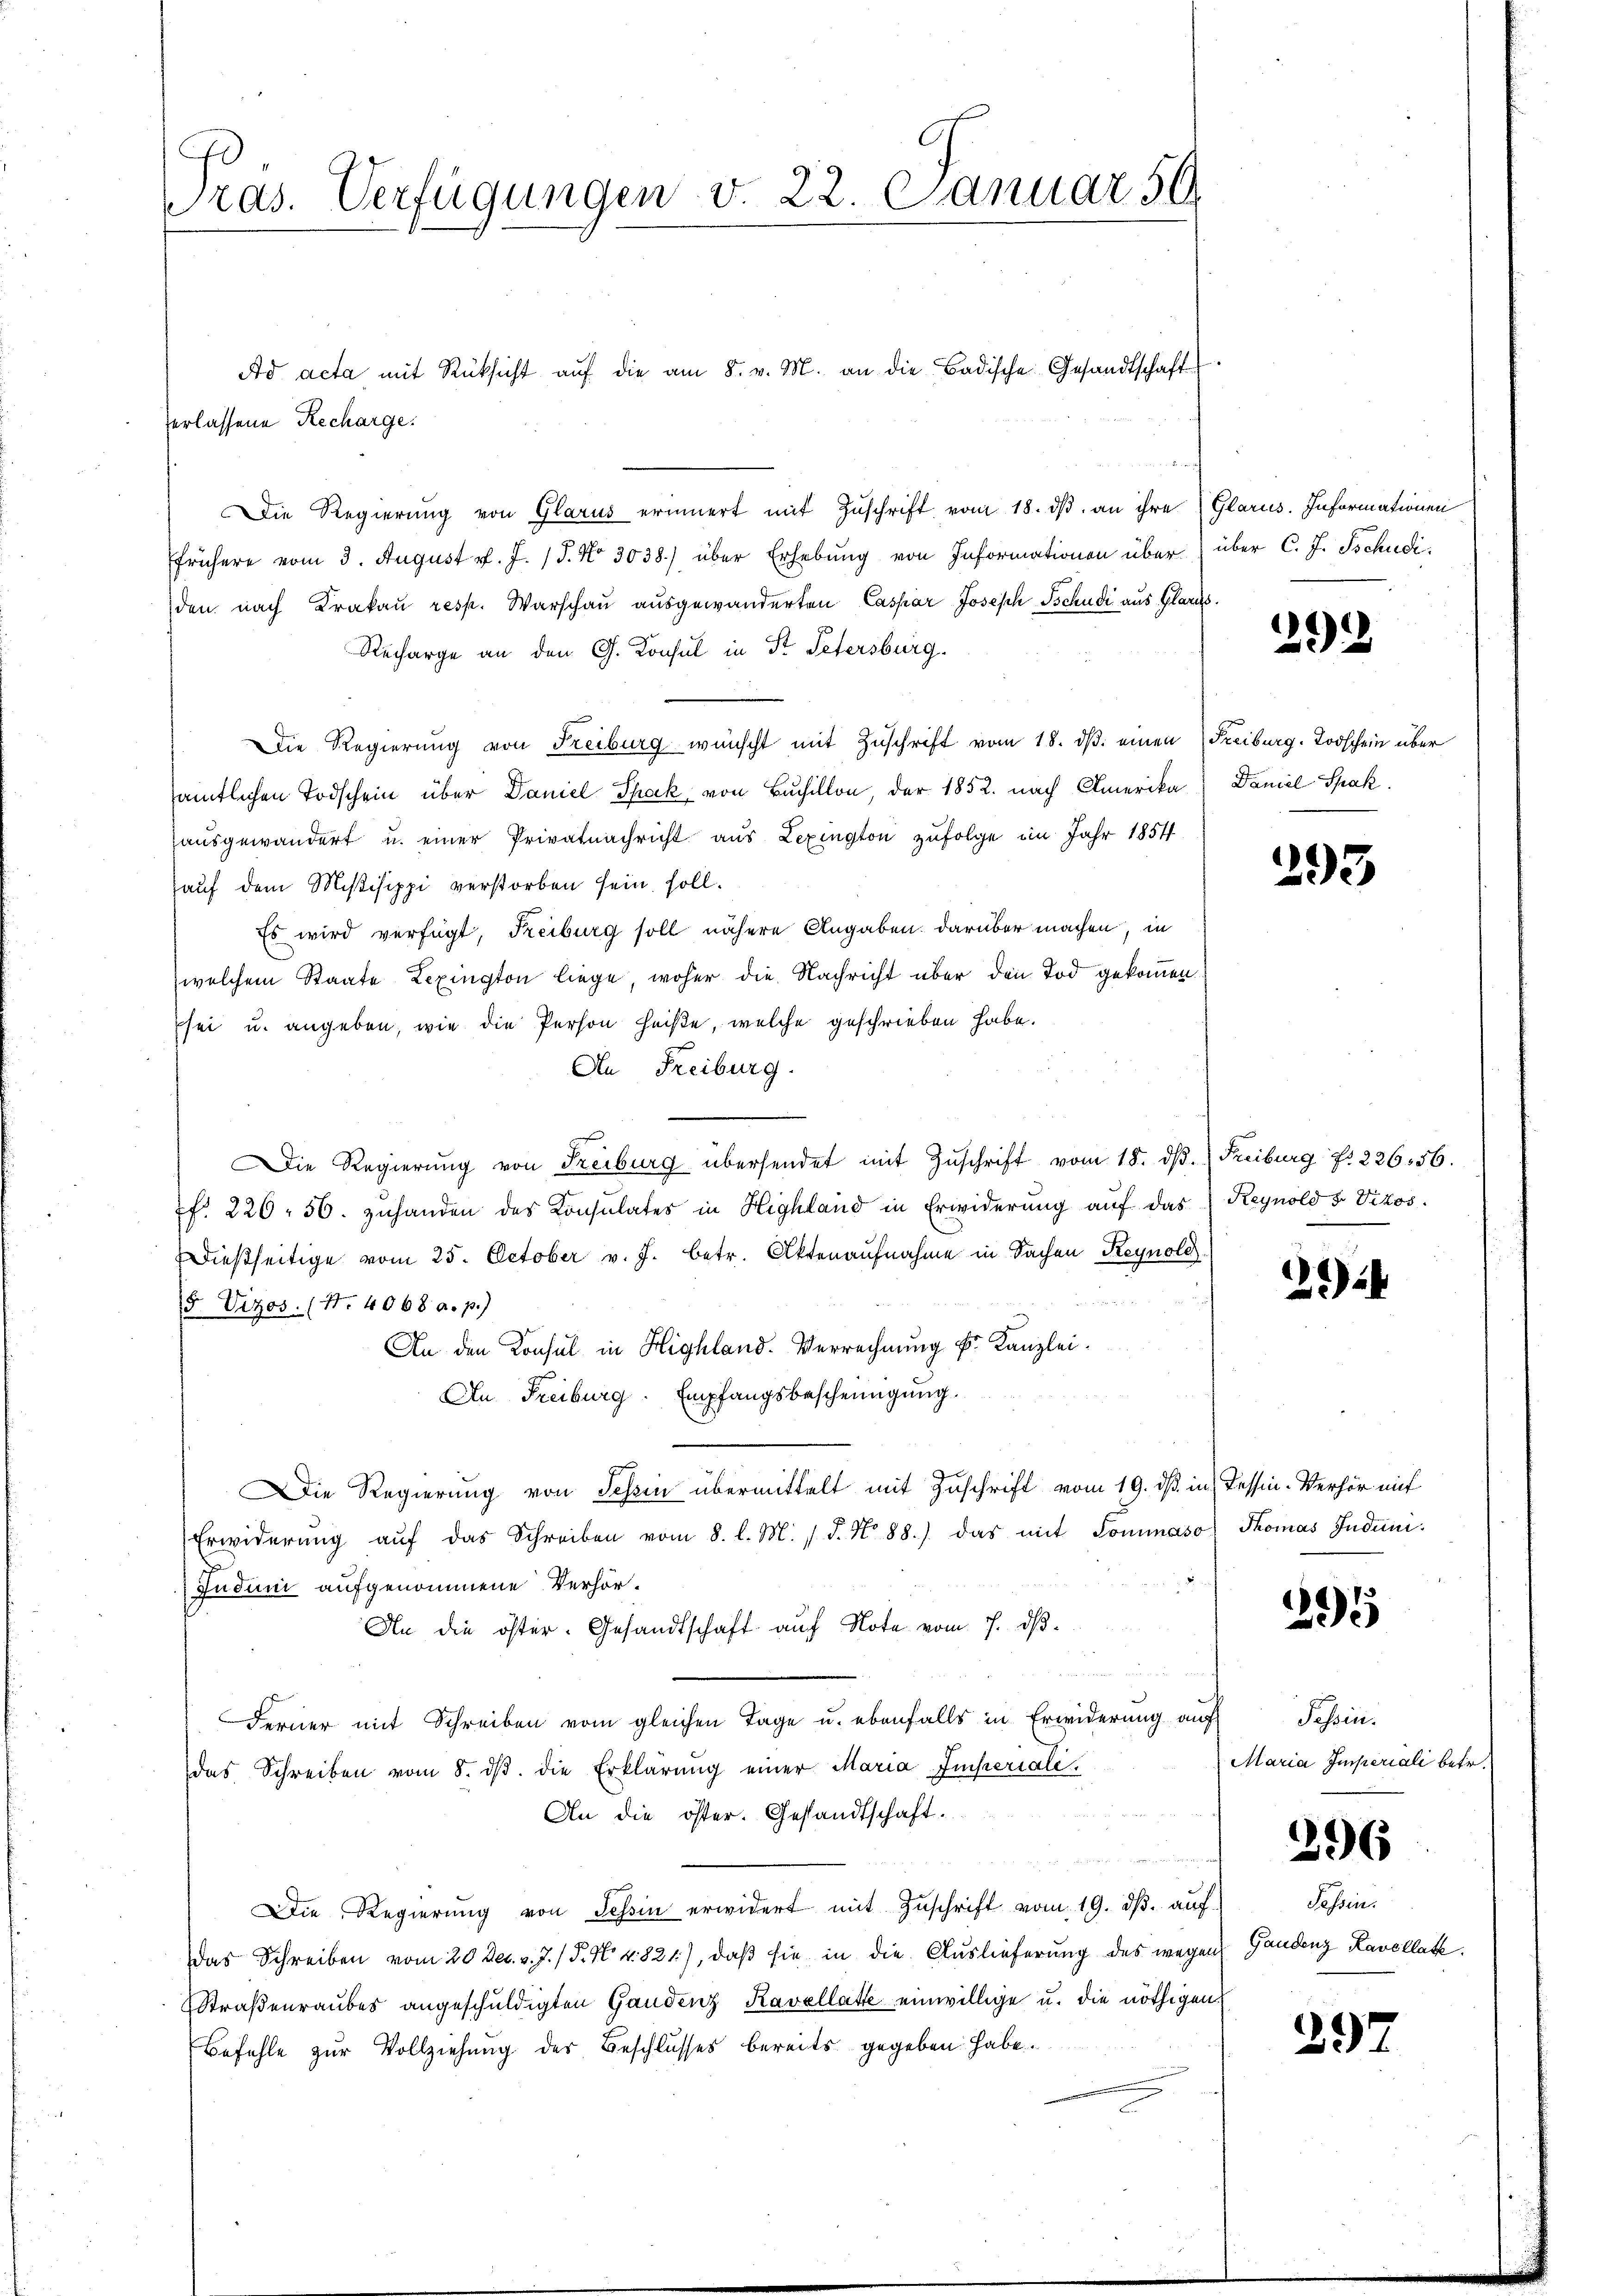
ras. Verfügungen v. 22. Januar 56

erlassene Recharge.
Die Regierung von Glarus erinnert mit Zŭschrift vom 18. dβ an ihre Glarus. Informationen
frühere vom 3. August v. J. J. No 3038.) über Erhebung von Informationen über über C. J. Tschudi
den nach Krakau resp. Warschau ausgewanderten Caspar Joseph Tschudi aus Glarus.
Recharge an den G. Konsul in St. Petersburg.
Die Regierung von Freiburg wünscht mit Zuschrift vom 18. dβ einen Freiburg. Todschein über
samtlichen Todschein über Daniel Spack von Buchillon, der 1852. nach Amerika
ausgewandert u. einer Privatnachricht aus Lexington zufolge im Jahr 1854
auf dem Mißisippi verstorben sein soll.
Es wird verfügt, Freiburg soll nähere Angaben darüber machen, in
welchem Staate Lexington liege, woher die Nachricht über den Tod gekommen
Esei u. angeben, wie die Person heiße, welche geschrieben habe.
An Freiburg.
ie Regierŭng von Freiburg übersendet mit Zŭschrift vom 18. dβ. Freiburg fr 22656.
f. 226. 56. zuhanden des Konsulates in Highland in Erwiderung auf das Reynold s. Vizos.
Ddießseitige vom 25. October v. J. betr. Aktenaufnahme in Sachen Reynole
5 Vizos. (N. 4068 a. p.)
An den Konsul in Highland. Verrechnung Fr. Kanzlei-
An Freiburg. Empfangsbescheinigung.
Die Regierung von Schin übermittelt mit Zuschrift vom 19. ds. in Tessin-Verhör mit
Erwiderŭng aŭf das Schreiben vom 8. l. M. J. No 88.) das mit Sommaso Thomas Induni.
Juduni aufgenommene Verhör¬
An die öster. Gesandtschaft auf Note vom 7. ds.
d
Ferner mit Schreiben vom gleichen Tage u. ebenfalls in Erwiderung auf
das Schreiben vom 8. dβ. die Erklärung einer Maria Imperiali¬
An die öster. Gestandtschaft.
Die Regierŭng von Schin erwidert mit Zŭschrift vom 19. dβ aŭch
Das Schreiben vom 20 Dec. v. J. P. Nr. 821), daß sie in die Auslieferung des wegen
Straßenraubes angeschuldigten Gandenz Kavellatte einwillige u. die nöthigen
Befehle zur Vollziehung des Beschlusses bereits gegeben habe.

Ad acta mit Rücksicht aŭf die am 8. v. M. an die Badische Gesandtschaft

2922

Daniel Spak.

293

22

295

Tessin.
Maria Imperiali betr.

396

Sessen.
Gaudenz Kavellate.

297